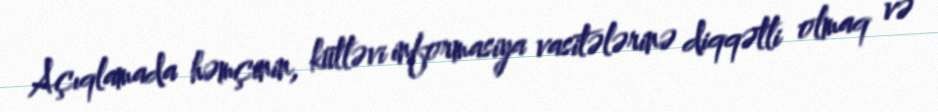
Açıqlamada həmçinin, kütləvi informasiya vasitələrinə diqqətli olmaq və